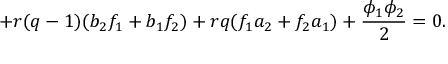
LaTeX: + r ( q - 1 ) ( b _ { 2 } f _ { 1 } + b _ { 1 } f _ { 2 } ) + r q ( f _ { 1 } a _ { 2 } + f _ { 2 } a _ { 1 } ) + \frac { \phi _ { 1 } \phi _ { 2 } } { 2 } = 0 .